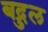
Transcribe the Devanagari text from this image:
बद्रुल